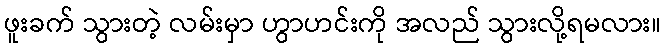
ဖူးခက် သွားတဲ့ လမ်းမှာ ဟွာဟင်းကို အလည် သွားလို့ရမလား။